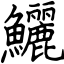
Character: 鱺